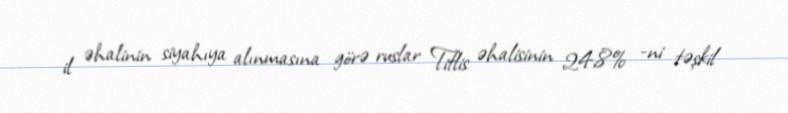
il əhalinin siyahıya alınmasına görə ruslar Tiflis əhalisinin 24,8% -ni təşkil